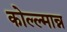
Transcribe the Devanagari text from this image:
कोल्ल्मान्न